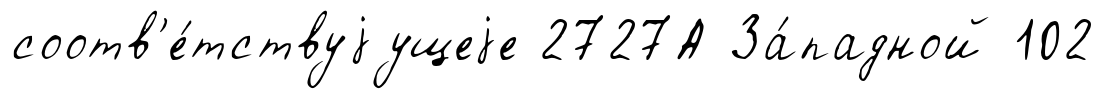
соотв'е́тствуjущеjе 2727А За́падной 102